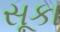
સૂકા